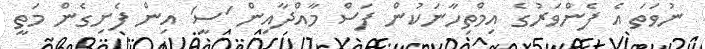
ނުވަތަ އެ ފެންވަރުގެ އިމްތިހާނަކުން ފަސް މާއްދާއިން 'ސީ' އިން ފެށިގެން މަތީ